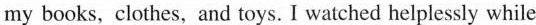
my books, clothes, and toys. I watched helplessly while